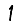
Digit: 1